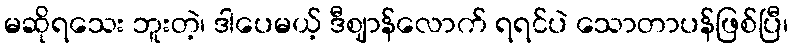
မဆိုရသေး ဘူးတဲ့၊ ဒါပေမယ့် ဒီဈာန်လောက် ရရင်ပဲ သောတာပန်ဖြစ်ပြီ၊